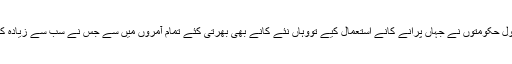
پاکستان کی تاریخ میں گاہے بگاہے اقتدار میں آئی سول حکومتوں نے جہاں پرانے کانے استعمال کیے تووہاں نئے کانے بھی بھرتی کئے تمام آمروں میں سے جِس نے سب سے زیادہ کانے بھرتی کیے میرے خیال میں یہ ضیاء الحق تھا ۔